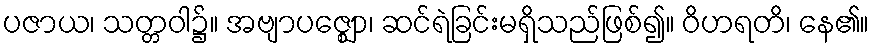
ပဇာယ၊ သတ္တဝါ၌။ အဗျာပဇ္ဈော၊ ဆင်ရဲခြင်းမရှိသည်ဖြစ်၍။ ဝိဟရတိ၊ နေ၏။